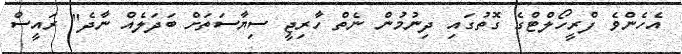
އެހެންވެ ފްރީހޯލްޓްގެ ގޮތުގައި ދިނުމުން ނެތް ހާރިޖީ ސިޔާސަތަށް ބަދަލެއް ނާދެ" ރައީސް